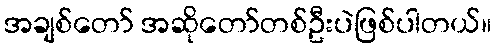
အချစ်တော် အဆိုတော်တစ်ဦးပဲဖြစ်ပါတယ်။